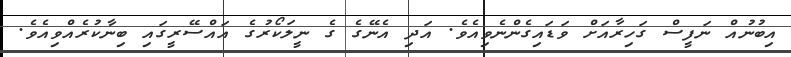
އިބުނުއް ނަފީސް ގަހިރާއަށް ވަޑައިގެންނެވިއެވެ. އަދި އެނޭގެ ގެ ނީލަކޯރުގެ އައްސޭރީގައި ބިނާކުރެއްވިއެވެ.